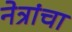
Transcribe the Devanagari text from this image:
नेत्रांचा